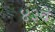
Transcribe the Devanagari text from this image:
४३वें